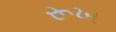
રૂખ